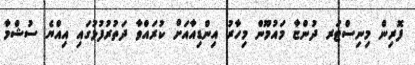
ފޮރިން މިނިސްޓަރ ދުންޏާ މައުމޫން މިހާރު އިންޑިއާއަށް ކުރައްވާ ދަތުރުފުޅުގައި އިއްޔެ ސުޝްމާ